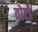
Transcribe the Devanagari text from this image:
वोटोँ